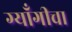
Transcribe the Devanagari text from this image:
ग्याँगीचा